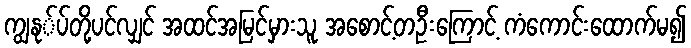
ကျွနု်ပ်တို့ပင်လျှင် အထင်အမြင်မှားသူ အစောင့်တဦးကြောင့် ကံကောင်းထောက်မ၍